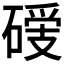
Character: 𥔺